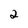
Character: 2